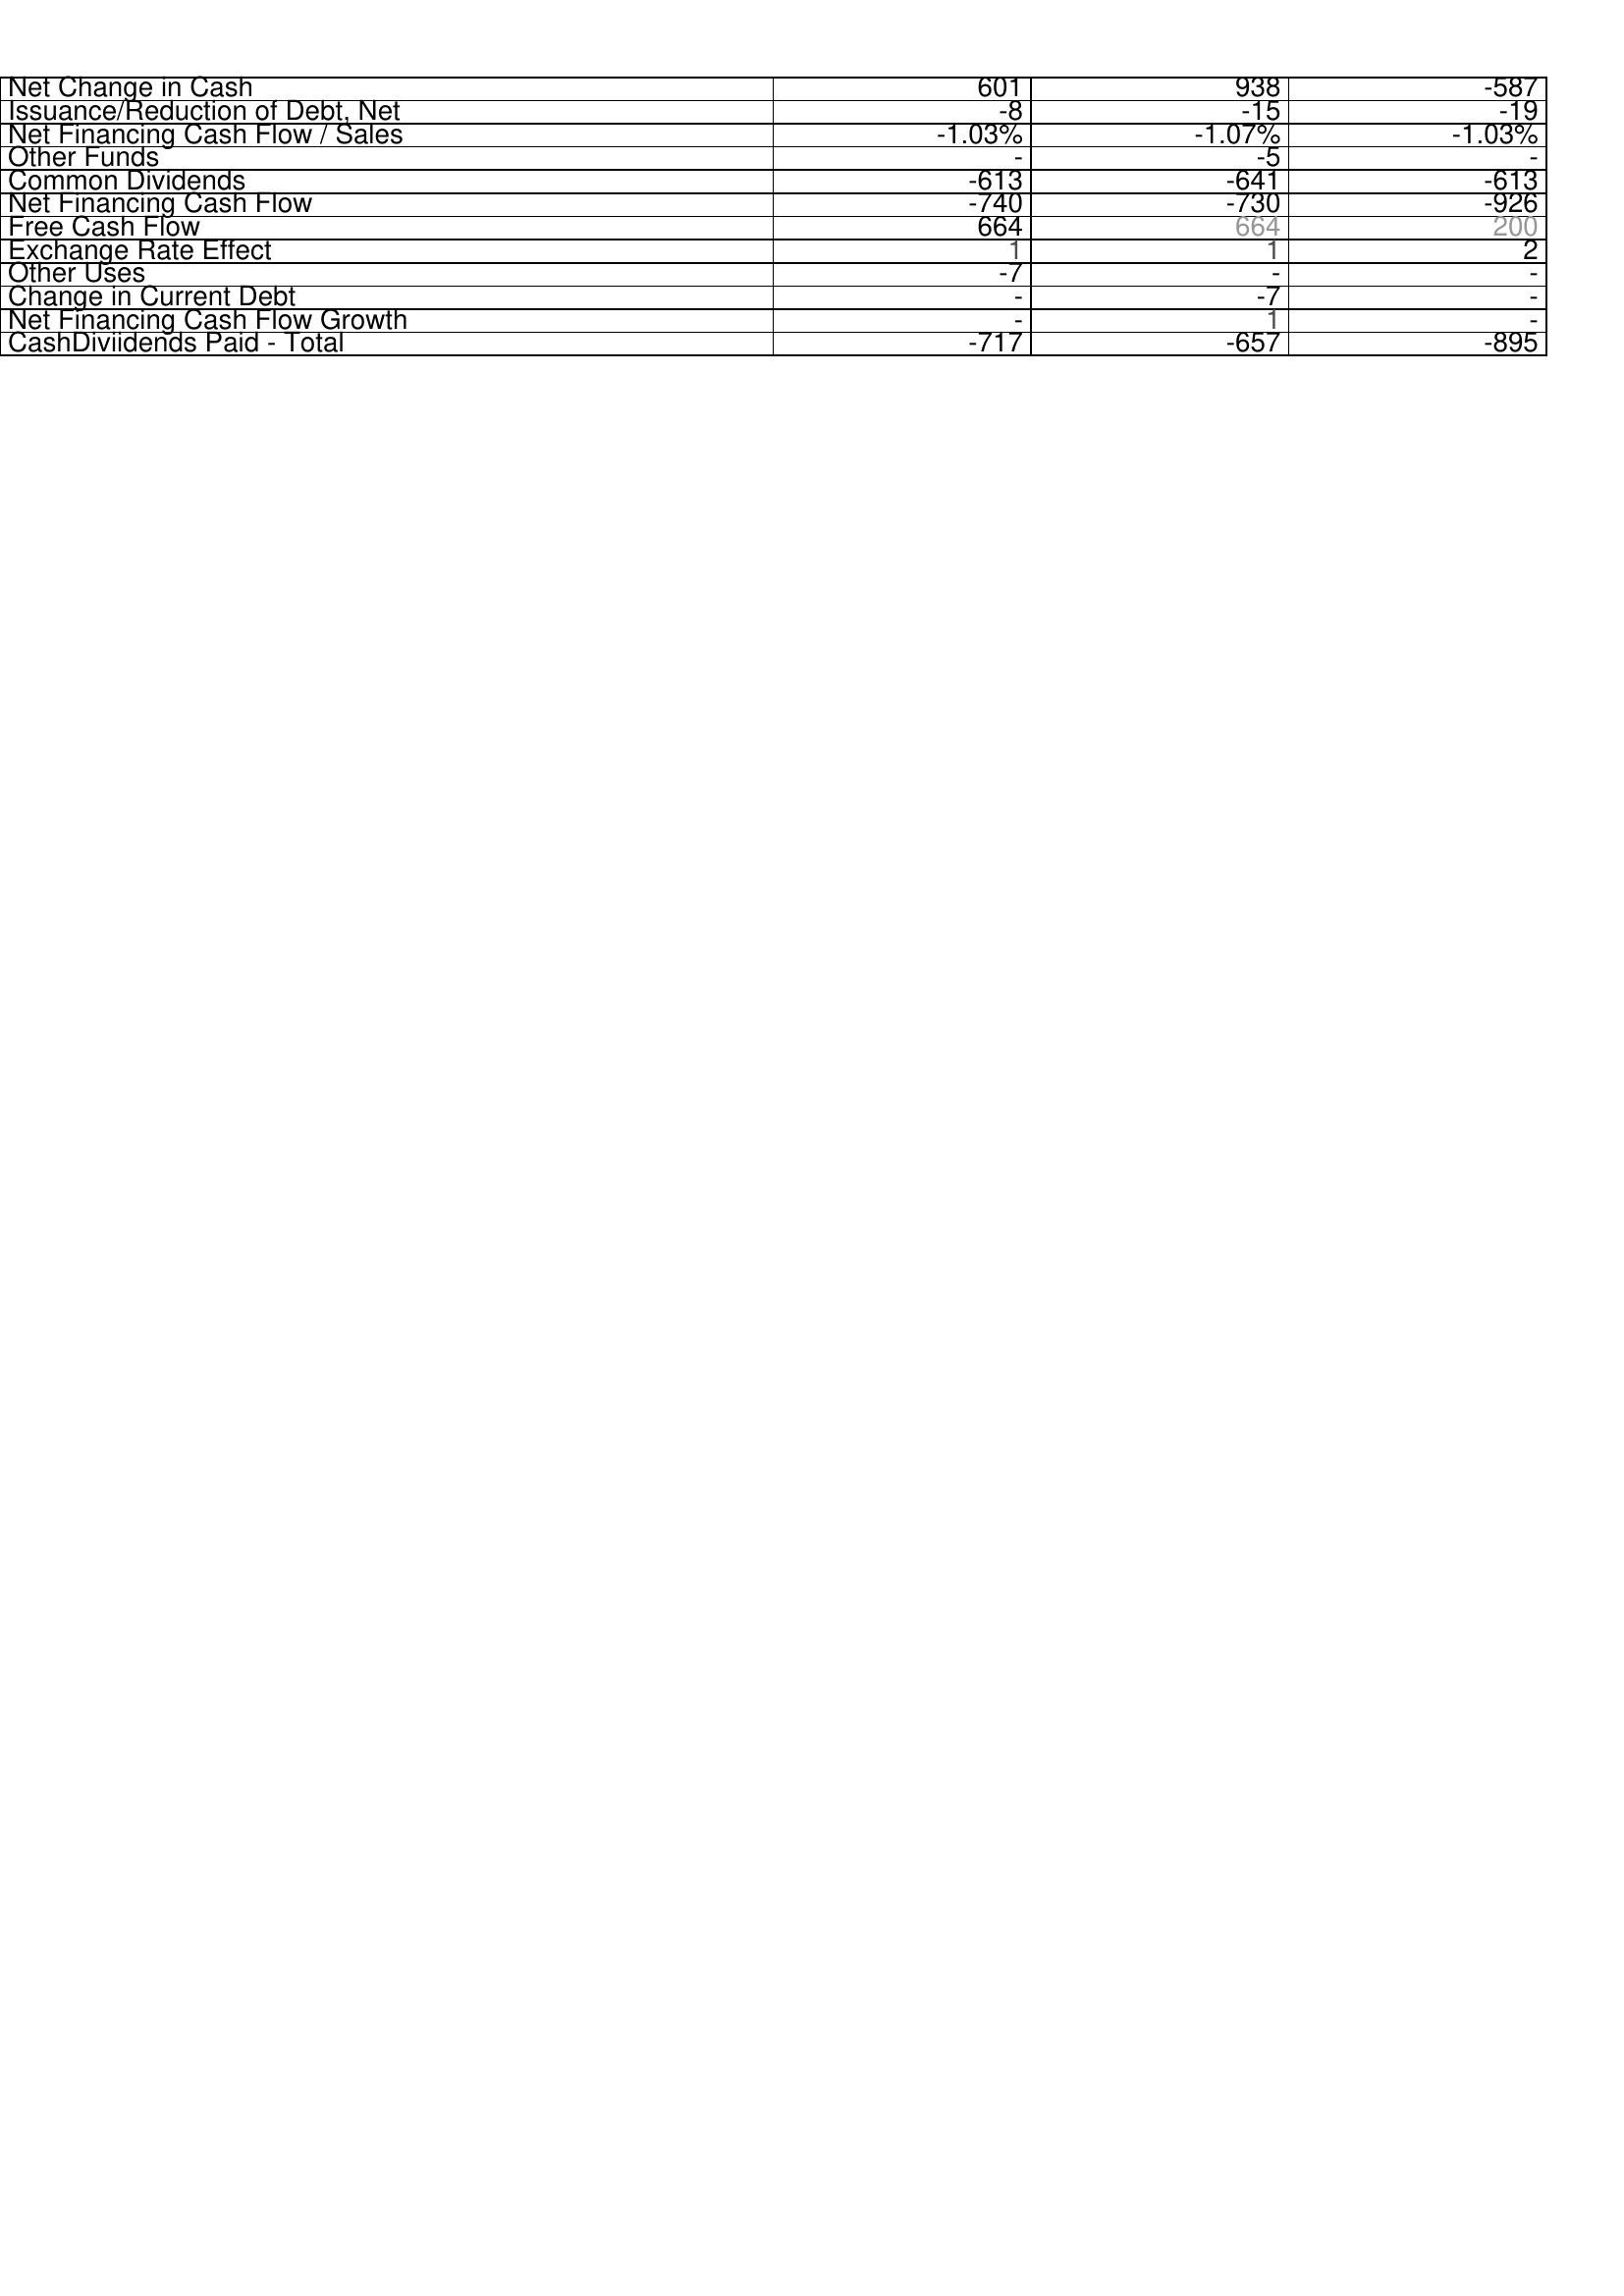
2003: Financing Activities: Net Change in Cash: 601
Issuance/Reduction of Debt, Net: -8
Net Financing Cash Flow / Sales: -1.03%
Other Funds: -
Common Dividends: -613
Net Financing Cash Flow: -740
Free Cash Flow: 664
Exchange Rate Effect: 1
Other Uses: -7
Change in Current Debt: -
Net Financing Cash Flow Growth: -
CashDiviidends Paid - Total: -717
2004: Financing Activities: Net Change in Cash: 938
Issuance/Reduction of Debt, Net: -15
Net Financing Cash Flow / Sales: -1.07%
Other Funds: -5
Common Dividends: -641
Net Financing Cash Flow: -730
Free Cash Flow: 664
Exchange Rate Effect: 1
Other Uses: -
Change in Current Debt: -7
Net Financing Cash Flow Growth: 1
CashDiviidends Paid - Total: -657
2005: Financing Activities: Net Change in Cash: -587
Issuance/Reduction of Debt, Net: -19
Net Financing Cash Flow / Sales: -1.03%
Other Funds: -
Common Dividends: -613
Net Financing Cash Flow: -926
Free Cash Flow: 200
Exchange Rate Effect: 2
Other Uses: -
Change in Current Debt: -
Net Financing Cash Flow Growth: -
CashDiviidends Paid - Total: -895